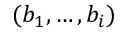
( b _ { 1 } , \dots , b _ { i } )